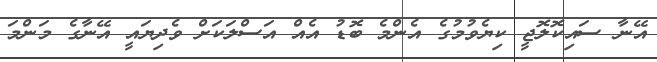
އޭނާ ސައިކޮލޮޖީ ކިޔެވުމުގެ އެންމެ ބޮޑު އެއް އަސްލަކަށް ވެދިޔައީ އޭނާގެ މަންމަ